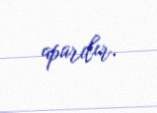
aparılır.